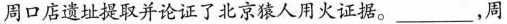
周口店遗址提取并论证了北京猿人用火证据。___，周